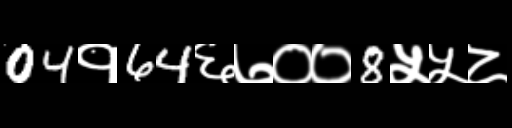
Text: 04१64६७००8५५८